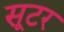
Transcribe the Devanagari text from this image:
सूटर